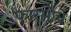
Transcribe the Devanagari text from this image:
फारसीचे